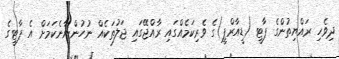
ދިވެހި ރައްޔިތުންގެ ޕާޓީ (ޑީއާރްޕީ)ގެ ވެރިކަމެއްްގައި ރާއްޖޭގައި ޖަލުތަކެއްް ނުހުންނާނެކަމަށް އެ ޕާޓީގެ